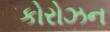
કોરોઝન